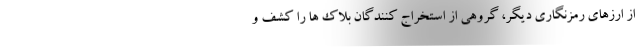
از ارزهای رمزنگاری دیگر، گروهی از استخراج کنندگان بلاک ها را کشف و